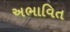
અભાવિત